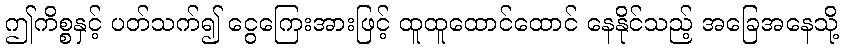
ဤကိစ္စနှင့် ပတ်သက်၍ ငွေကြေးအားဖြင့် ထူထူထောင်ထောင် နေနိုင်သည့် အခြေအနေသို့